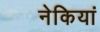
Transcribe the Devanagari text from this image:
नेकियां